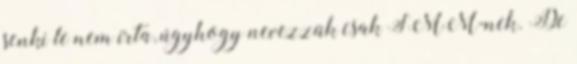
senki le nem írta, úgyhogy nevezzük csak SMM-nek. De